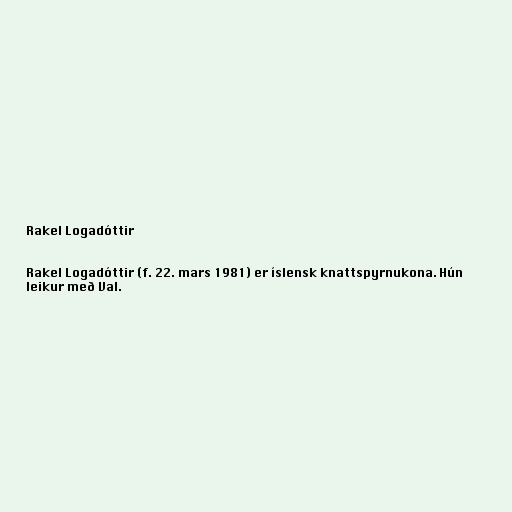
Rakel Logadóttir

Rakel Logadóttir (f. 22. mars 1981) er íslensk knattspyrnukona. Hún
leikur með Val.